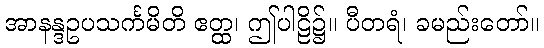
အာနန္ဒဥပသင်္ကမိတိ ဧတ္ထ၊ ဤပါဠိ၌။ ပီတရံ၊ ခမည်းတော်။